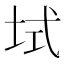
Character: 𫭫